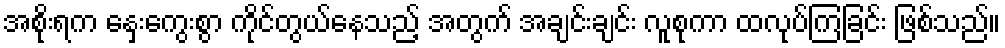
အစိုးရက နှေးကွေးစွာ ကိုင်တွယ်နေသည့် အတွက် အချင်းချင်း လူစုကာ ထလုပ်ကြခြင်း ဖြစ်သည်။